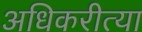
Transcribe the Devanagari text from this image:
अधिकरीत्या